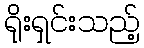
ရိုးရှင်းသည့်